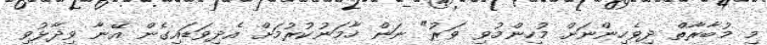
މި މުބާރާތް ދިވެހިންނަށް މުހިންމުވި ވަރު" ނަން ހާމަނުކުރުމަށް އެދިވަޑައިގެން އޭނާ ވިދާޅުވި